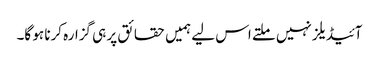
آئیڈیلز نہیں ملتے اس لیے ہمیں حقائق پر ہی گزارہ کرنا ہو گا۔